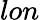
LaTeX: lon